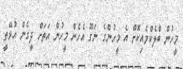
މީހުން ބްލެކްމެއިކޮށް އެ މީހުންގެ ނަގޫ އެހެން މީހުން އަތަށް ދީގެން އުޅޭތީ